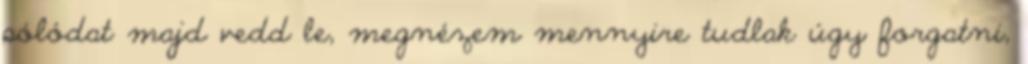
pólódat majd vedd le, megnézem mennyire tudlak úgy forgatni,